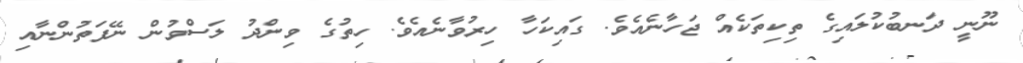
ނޫނީ ދަނބުކުލައިގެ ތިކިތަކެއް ޖަހާނެއެވެ. ގައިކަހާ ހިރުވާނެއެވެ. ހިތުގެ ވިންދު ލަސްވުން ނޭފަތުންނާއި